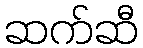
ဆက်ဆီ